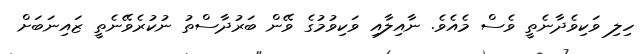
ހިލި ވަކިވެދާނެތީ ވެސް މެއެވެ. ނާއިލާއި ވަކިވުމުގެ ވޭން ބަރުދާސްތު ނުކުރެވޭނެތީ ޒައިނަބަށް